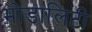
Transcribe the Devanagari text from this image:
मोडालिटी